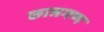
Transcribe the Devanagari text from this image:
छात्रगण